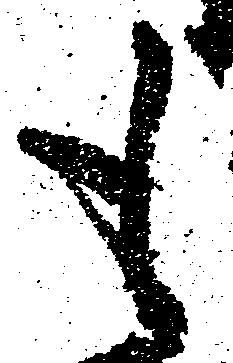
も